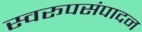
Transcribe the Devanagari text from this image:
स्वरूपसंपादन